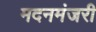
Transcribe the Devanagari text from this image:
मदनमंजरी